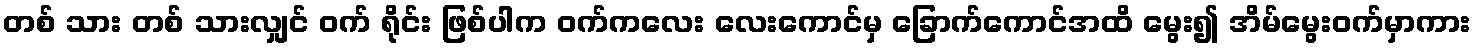
တစ် သား တစ် သားလျှင် ဝက် ရိုင်း ဖြစ်ပါက ဝက်ကလေး လေးကောင်မှ ခြောက်ကောင်အထိ မွေး၍ အိမ်မွေးဝက်မှာကား